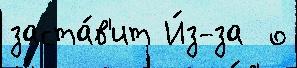
заста́в'ит И́з-за  о